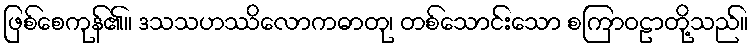
ဖြစ်စေကုန်၏။ ဒသသဟဿိလောကဓာတု၊ တစ်သောင်းသော စကြာဝဠာတို့သည်။